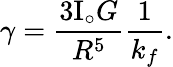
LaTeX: \gamma=\frac{3\mathrm{I}_{\circ}G}{R^{5}}\frac{1}{k_{f}}.